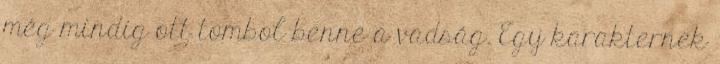
még mindig ott tombol benne a vadság. Egy karakternek